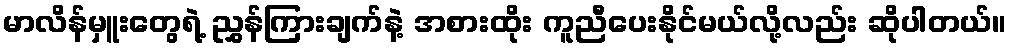
မာလိန်မှူးတွေရဲ့ ညွှန်ကြားချက်နဲ့ အစားထိုး ကူညီပေးနိုင်မယ်လို့လည်း ဆိုပါတယ်။